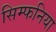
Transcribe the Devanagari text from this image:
सिम्फनिया